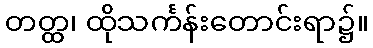
တတ္ထ၊ ထိုသင်္ကန်းတောင်းရာ၌။